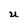
Character: u